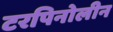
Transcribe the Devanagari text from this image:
टरपिनोलीन